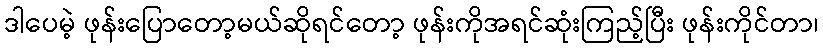
ဒါပေမဲ့ ဖုန်းပြောတော့မယ်ဆိုရင်တော့ ဖုန်းကိုအရင်ဆုံးကြည့်ပြီး ဖုန်းကိုင်တာ၊